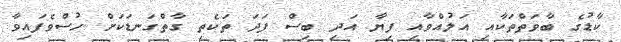
ކާޑުގެ ބާވަތްތަކާއި އަލުއްވާއި ފިޔާ އަދި ބިސް ފަދަ ތަކެތި ގާތްގަނޑަކަށް ހުސްވެފައިވާ